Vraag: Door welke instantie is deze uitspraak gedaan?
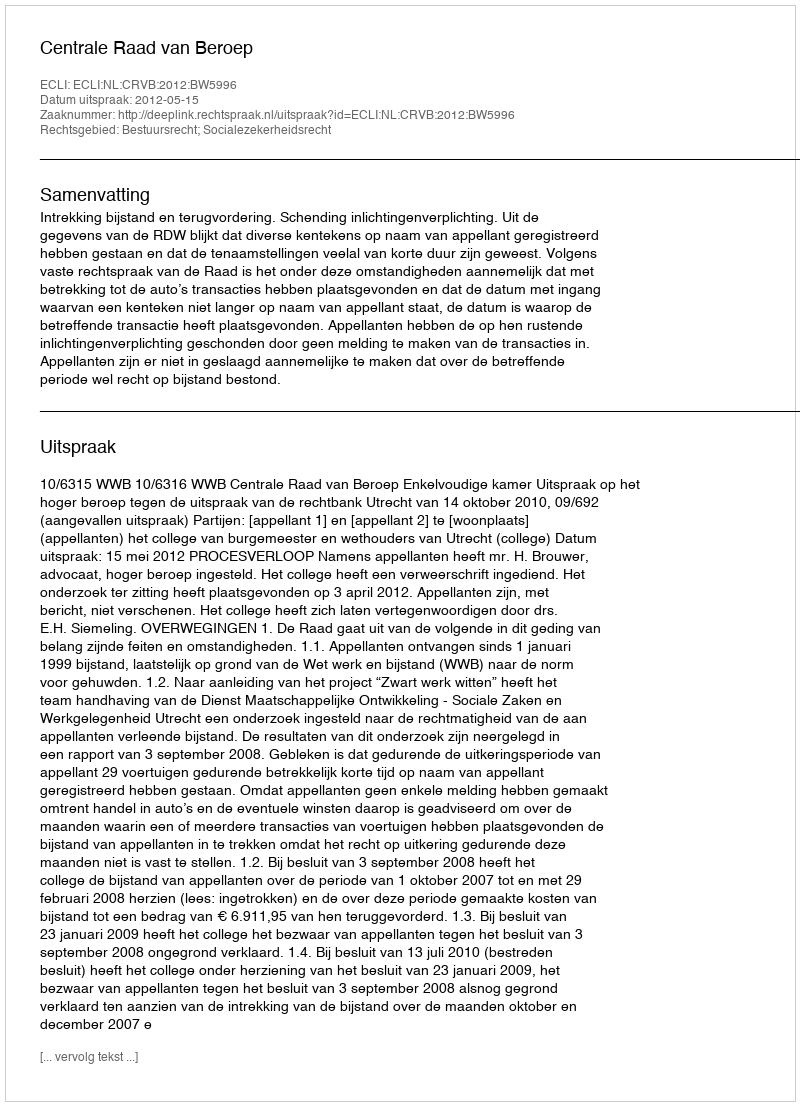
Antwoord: Centrale Raad van Beroep